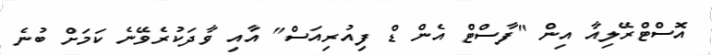
އޮސްޓްރޭލިއާ އިން "ފާސްޓް އެން ޑް ފިއުރިއަސް" އާއި ވާދަކުރެވޭނެ ކަމަށް ބުނެ